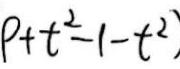
\(P + t^{2}-1 - t^{2}\)